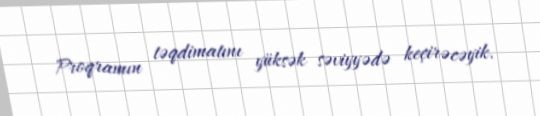
Proqramın təqdimatını yüksək səviyyədə keçirəcəyik.